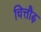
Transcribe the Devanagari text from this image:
चित्तौढ़